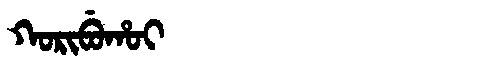
Manchu: ᡴᠣᡵᡳᠪᡠᡥᠣᡳ
Romanization: KORIBUHOI